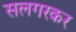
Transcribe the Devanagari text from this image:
सलगरकर